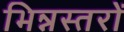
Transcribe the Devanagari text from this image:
भिन्नस्तरों